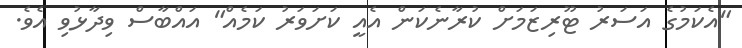
"އެކަމުގެ އަސަރު ޓޫރިޒަމަށް ކުރާނެކަން އެއީ ކަށަވަރު ކަމެއް" އައްބާސް ވިދާޅުވި އެވެ.